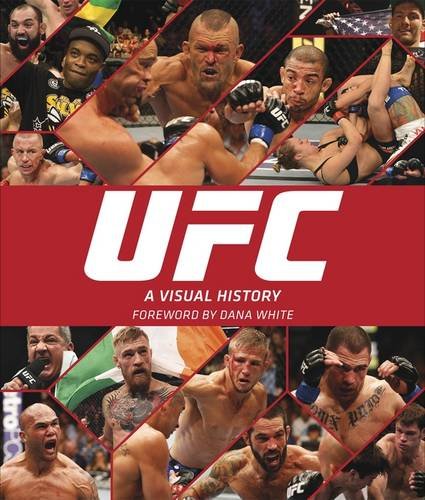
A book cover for UFC: A Visual History; Thomas Gerbasi; Sports & Outdoors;